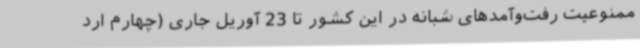
ممنوعیت رفت‌وآمدهای شبانه در این کشور تا 23 آوریل جاری (چهارم ارد